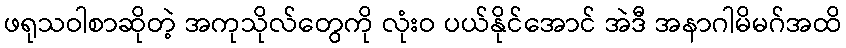
ဖရုသဝါစာဆိုတဲ့ အကုသိုလ်တွေကို လုံးဝ ပယ်နိုင်အောင် အဲဒီ အနာဂါမိမဂ်အထိ